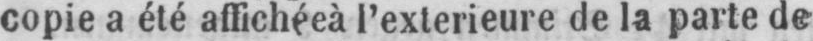
copie a été affichéeà l’extérieure de la parte de